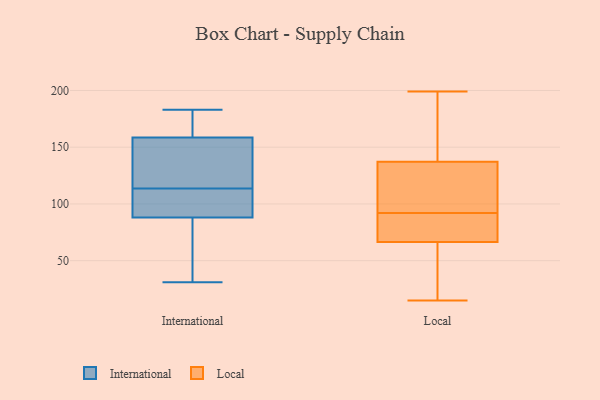
{"axis": {"x": "Budget (USD K)", "y": "Value"}, "legend": ["International", "Local"], "data": [{"x": "", "y": 31, "type": "International"}, {"x": "", "y": 169, "type": "International"}, {"x": "", "y": 118, "type": "International"}, {"x": "", "y": 45, "type": "International"}, {"x": "", "y": 164, "type": "International"}, {"x": "", "y": 88, "type": "International"}, {"x": "", "y": 109, "type": "International"}, {"x": "", "y": 88, "type": "International"}, {"x": "", "y": 156, "type": "International"}, {"x": "", "y": 104, "type": "International"}, {"x": "", "y": 152, "type": "International"}, {"x": "", "y": 137, "type": "International"}, {"x": "", "y": 183, "type": "International"}, {"x": "", "y": 34, "type": "International"}, {"x": "", "y": 161, "type": "International"}, {"x": "", "y": 101, "type": "International"}, {"x": "", "y": 199, "type": "Local"}, {"x": "", "y": 121, "type": "Local"}, {"x": "", "y": 20, "type": "Local"}, {"x": "", "y": 75, "type": "Local"}, {"x": "", "y": 173, "type": "Local"}, {"x": "", "y": 68, "type": "Local"}, {"x": "", "y": 90, "type": "Local"}, {"x": "", "y": 126, "type": "Local"}, {"x": "", "y": 123, "type": "Local"}, {"x": "", "y": 141, "type": "Local"}, {"x": "", "y": 15, "type": "Local"}, {"x": "", "y": 92, "type": "Local"}, {"x": "", "y": 66, "type": "Local"}, {"x": "", "y": 93, "type": "Local"}, {"x": "", "y": 180, "type": "Local"}, {"x": "", "y": 58, "type": "Local"}, {"x": "", "y": 66, "type": "Local"}, {"x": "", "y": 83, "type": "Local"}, {"x": "", "y": 199, "type": "Local"}]}